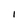
Character: I